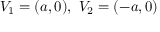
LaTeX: V _ { 1 } = ( a , 0 ) , \ V _ { 2 } = ( - a , 0 )